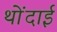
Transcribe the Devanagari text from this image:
थोंदाई